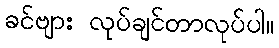
ခင်ဗျား လုပ်ချင်တာလုပ်ပါ။